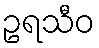
ဥရသီဝ